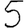
Digit: 5